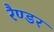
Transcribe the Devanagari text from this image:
रैण्डर